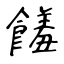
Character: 饈